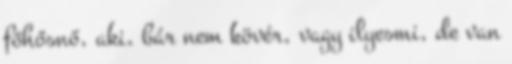
főhősnő, aki, bár nem kövér, vagy ilyesmi, de van